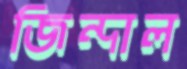
জিন্দাল